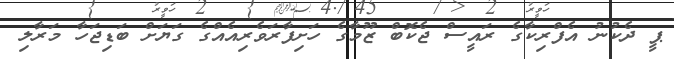
ޕީ ދެކުނު އެފްރިކާގެ ރައީސް ޖެކޮބް ޒޫމާގެ ހަށިފާރަވެރިއެއްގެ ގަޔަށް ބަޑިޖަހާ މަރާލި